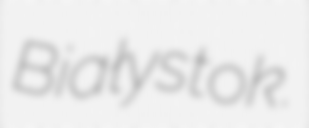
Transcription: Białystok.